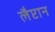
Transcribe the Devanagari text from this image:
लैप्टान